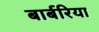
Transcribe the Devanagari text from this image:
बार्बरिया